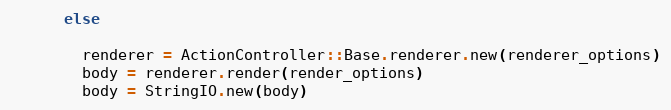
Language: Ruby
      else

        renderer = ActionController::Base.renderer.new(renderer_options)
        body = renderer.render(render_options)
        body = StringIO.new(body)